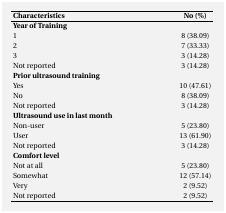
<table><thead><tr><td><b>Characteristics</b></td><td><b>No (%)</b></td></tr></thead><tbody><tr><td><b>Year of Training</b></td><td></td></tr><tr><td>1</td><td>8 (38.09)</td></tr><tr><td>2</td><td>7 (33.33)</td></tr><tr><td>3</td><td>3 (14.28)</td></tr><tr><td>Not reported</td><td>3 (14.28)</td></tr><tr><td><b>Prior ultrasound training</b></td><td></td></tr><tr><td>Yes</td><td>10 (47.61)</td></tr><tr><td>No</td><td>8 (38.09)</td></tr><tr><td>Not reported</td><td>3 (14.28)</td></tr><tr><td><b>Ultrasound use in last month</b></td><td></td></tr><tr><td>Non-user</td><td>5 (23.80)</td></tr><tr><td>User</td><td>13 (61.90)</td></tr><tr><td>Not reported</td><td>3 (14.28)</td></tr><tr><td><b>Comfort level</b></td><td></td></tr><tr><td>Not at all</td><td>5 (23.80)</td></tr><tr><td>Somewhat</td><td>12 (57.14)</td></tr><tr><td>Very</td><td>2 (9.52)</td></tr><tr><td>Not reported</td><td>2 (9.52)</td></tr></tbody></table>